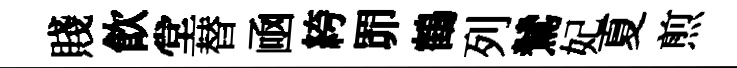
賤飲堂替凾絝𦊑鶴列鷥妃夏煎